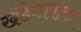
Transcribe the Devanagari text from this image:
खेडेगावाचा